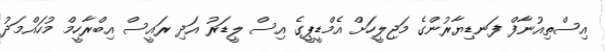
އިސްތިއުނާފް ފަނޑިޔާރުންގެ މަޖިލީހަށް އެމްޑީޕީގެ އިސް ލީޑަރު އަދި ރައީސް އިބްރާހީމް މުހައްމަދު